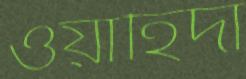
ওয়াহিদা